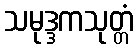
သမုဒ္ဒကသုတ္တံ